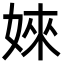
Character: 婡